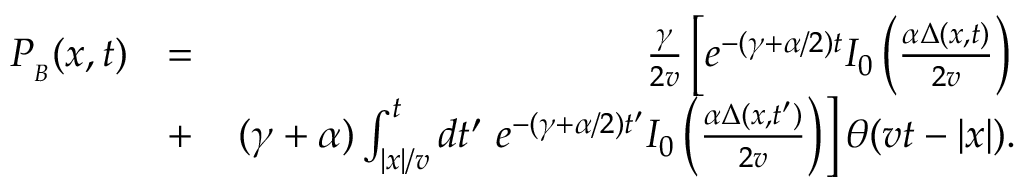
\begin{array} { r l r } { P _ { _ B } ( x , t ) } & { = } & { \frac { \gamma } { 2 v } \left[ e ^ { - ( \gamma + \alpha / 2 ) t } I _ { 0 } \left( \frac { \alpha \Delta ( x , t ) } { 2 v } \right) \right. } \\ & { + } & { \left. ( \gamma + \alpha ) \int _ { | x | / v } ^ { t } d t ^ { \prime } \ e ^ { - ( \gamma + \alpha / 2 ) t ^ { \prime } } I _ { 0 } \left( \frac { \alpha \Delta ( x , t ^ { \prime } ) } { 2 v } \right) \right] \theta ( v t - | x | ) . } \end{array}